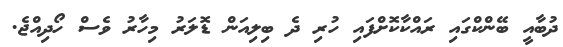
ދުބާއީ ބޭންކްގައި ރައްކާކޮށްފައި ހުރި ދެ ބިލިއަން ޑޮލަރު މިހާރު ވެސް ހޯދިއްޖެ.